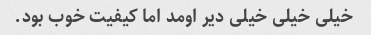
خیلی خیلی خیلی دیر اومد اما کیفیت خوب بود.